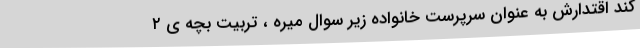
کند اقتدارش به عنوان سرپرست خانواده زير سوال ميره ، تربيت بچه ى ٢